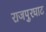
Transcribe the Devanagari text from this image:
राजपुरघाट